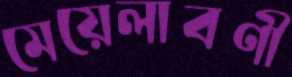
মেয়েলাবণী